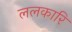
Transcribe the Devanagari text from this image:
ललकारि